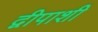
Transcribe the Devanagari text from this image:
द्वीपाशी